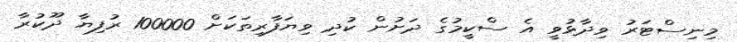
މިނިސްޓަރު ވިދާޅުވީ އެ ސްކީމުގެ ދަށުން ކުދި ވިޔަފާރިތަކަށް 100000 ރުފިޔާ ދޫކުރާ